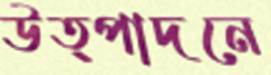
উত্পাদনে